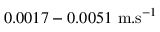
0 . 0 0 1 7 - 0 . 0 0 5 1 ~ \mathrm { m } . \mathrm { s } ^ { - 1 }